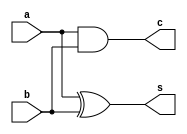
module halfadder(s,c,a,b);

input a,b;
output s,c;

xor xr(s,a,b);
and an(c,a,b);

endmodule